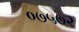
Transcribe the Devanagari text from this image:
०७५७२